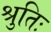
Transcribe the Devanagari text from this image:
श्रुतिः